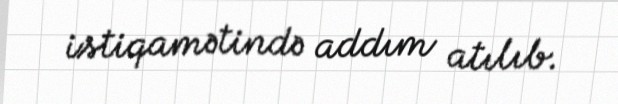
istiqamətində addım atılıb.